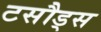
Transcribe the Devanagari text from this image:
टसौड्स